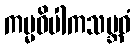
ကမ္မဝိပါကသမ္ဘဝံ